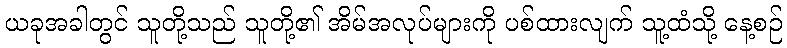
ယခုအခါတွင် သူတို့သည် သူတို့၏ အိမ်အလုပ်များကို ပစ်ထားလျက် သူ့ထံသို့ နေ့စဉ်